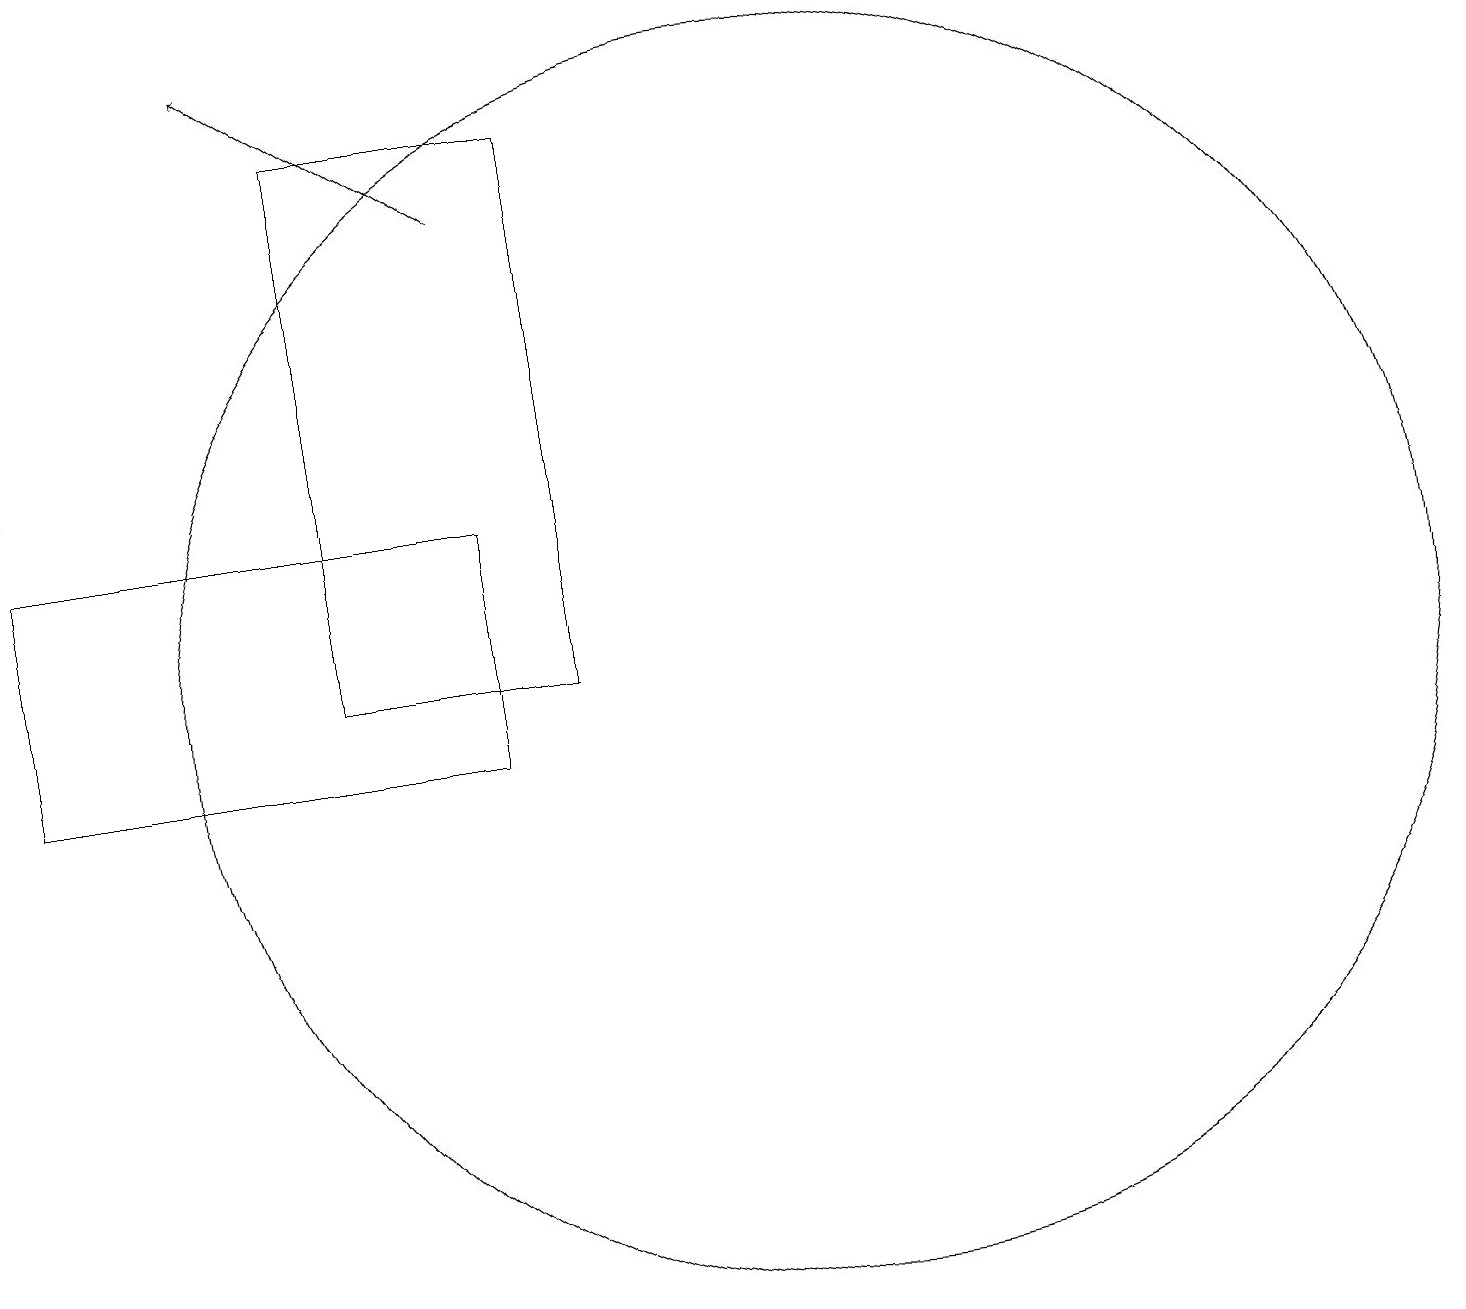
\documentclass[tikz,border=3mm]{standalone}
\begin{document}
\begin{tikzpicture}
\draw[->] (8,17) -- (5,19);
\draw (9,11) rectangle (6,18);
\draw (8,10) rectangle (2,13);
\draw (12,11) circle (8);
\draw (2,19) rectangle (2,14);
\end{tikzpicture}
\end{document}